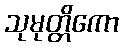
သုမုတ္တိကော